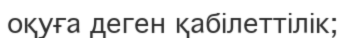
оқуға деген қабілеттілік;